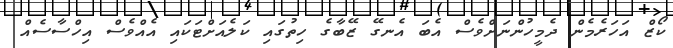
ކޯޒް އަހަރެމެން ދެމީހުންނަށްވެސް އެބަ އެނގޭ ޒޭބާގެ ހިތުގައި ކަލެއަށްޓަކައި އެއްވެސް އިހްސާސެއް